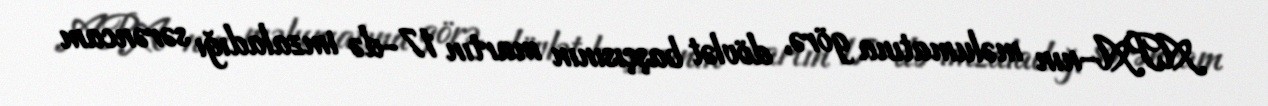
APA-nın məlumatına görə, dövlət başçısının martın 17-də imzaladığı sərəncam